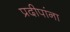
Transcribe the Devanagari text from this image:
प्रदीपांना